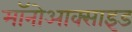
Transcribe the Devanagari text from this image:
मॉनोआक्साइड